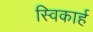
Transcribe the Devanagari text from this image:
स्विकार्ह